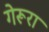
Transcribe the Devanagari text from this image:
गेरूरा